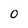
Character: 0